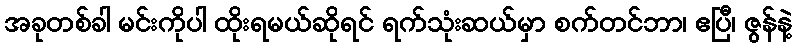
အခုတစ်ခါ မင်းကိုပါ ထိုးရမယ်ဆိုရင် ရက်သုံးဆယ်မှာ စက်တင်ဘာ၊ ဧပြီ၊ ဇွန်နဲ့